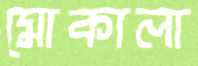
মোকালা